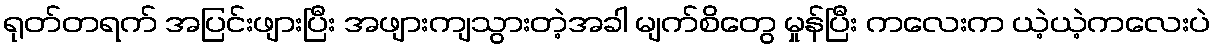
ရုတ်တရက် အပြင်းဖျားပြီး အဖျားကျသွားတဲ့အခါ မျက်စိတွေ မှုန်ပြီး ကလေးက ယဲ့ယဲ့ကလေးပဲ